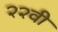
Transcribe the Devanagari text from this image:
२२वी